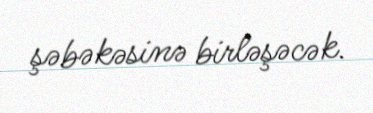
şəbəkəsinə birləşəcək.